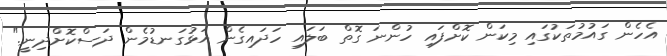
އެހެން ގައުމުތަކުގައި މިކަން ކޮށްފައި ހުންނަ ގޮތް ބަލައި ހަދައިގެން އަޅުގަނޑުމެން ދަސްކޮށްދިނީ."